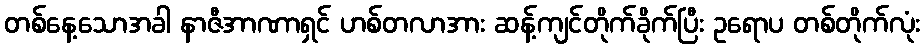
တစ်နေ့သောအခါ နာဇီအာဏာရှင် ဟစ်တလာအား ဆန့်ကျင်တိုက်ခိုက်ပြီး ဥရောပ တစ်တိုက်လုံး